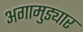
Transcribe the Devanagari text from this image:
अगामुड्यार